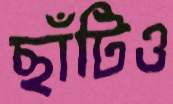
ছাঁটিও